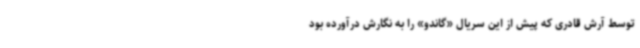
توسط آرش قادری که پیش از این سریال «گاندو» را به نگارش درآورده بود